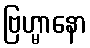
ဗြဟ္မာနော